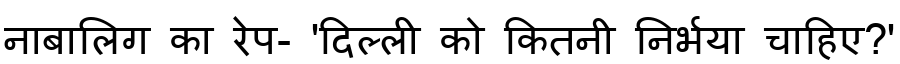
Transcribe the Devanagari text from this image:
नाबालिग का रेप- 'दिल्ली को कितनी निर्भया चाहिए?'